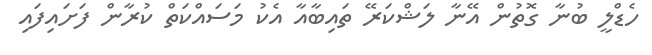
ހެޑްލީ ބުނާ ގޮތުން އޭނާ ލަޝްކަރޭ ތައިބާއާ އެކު މަސައްކަތް ކުރާން ފަށައިފައި